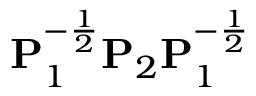
\mathbf { P } _ { 1 } ^ { - \frac { 1 } { 2 } } \mathbf { P } _ { 2 } \mathbf { P } _ { 1 } ^ { - \frac { 1 } { 2 } }